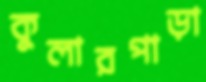
কুলারপাড়া